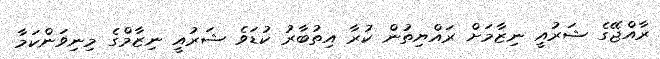
ރާއްޖޭގެ ޝަރުއީ ނިޒާމަށް ރައްޔިތުން ކުރާ އިތުބާރު ކުޑަވެ ޝަރުއީ ނިޒާމްގެ މިނިވަންކަމާ